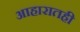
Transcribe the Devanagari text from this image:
आहारातही